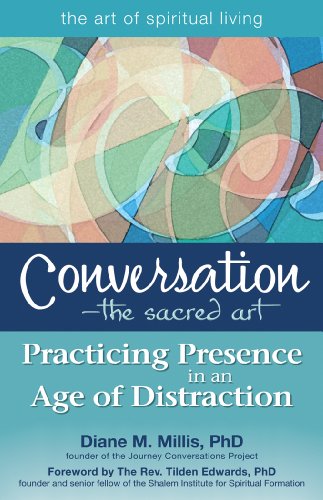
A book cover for ConversationThe Sacred Art: Practicing Presence in an Age of Distraction (The Art of Spiritual Living); Diane M. Millis PhD; Reference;